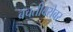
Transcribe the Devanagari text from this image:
बचतीबरोबर